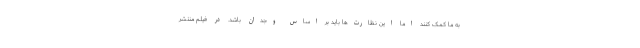
به ما کمک کنند اما این نظارت‌ها باید بر اساس وجدان باشد. در فیلم منتشر